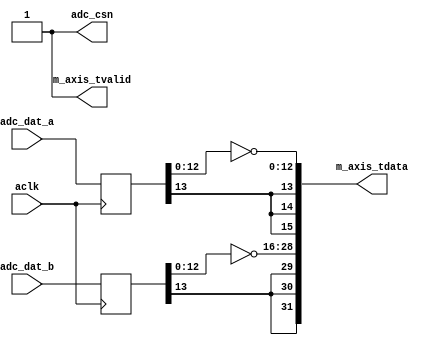
module axis_red_pitaya_adc_1 #
(
  parameter integer ADC_DATA_WIDTH = 14,
  parameter integer AXIS_TDATA_WIDTH = 32
)
(
  input  wire                        aclk,
  output wire                        adc_csn,
  input  wire [ADC_DATA_WIDTH-1:0]   adc_dat_a,
  input  wire [ADC_DATA_WIDTH-1:0]   adc_dat_b,
  output wire                        m_axis_tvalid,
  output wire [AXIS_TDATA_WIDTH-1:0] m_axis_tdata
);
  localparam PADDING_WIDTH = AXIS_TDATA_WIDTH/2 - ADC_DATA_WIDTH;
  reg  [ADC_DATA_WIDTH-1:0] int_dat_a_reg;
  reg  [ADC_DATA_WIDTH-1:0] int_dat_b_reg;
  always @(posedge aclk)
  begin
    int_dat_a_reg <= adc_dat_a;
    int_dat_b_reg <= adc_dat_b;
  end
  assign adc_csn = 1'b1;
  assign m_axis_tvalid = 1'b1;
  assign m_axis_tdata = {
    {(PADDING_WIDTH+1){int_dat_b_reg[ADC_DATA_WIDTH-1]}}, ~int_dat_b_reg[ADC_DATA_WIDTH-2:0],
    {(PADDING_WIDTH+1){int_dat_a_reg[ADC_DATA_WIDTH-1]}}, ~int_dat_a_reg[ADC_DATA_WIDTH-2:0]};
endmodule